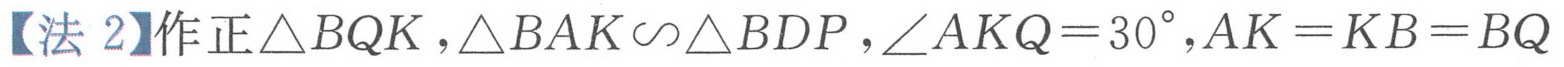
【法 2】作正\(\triangle BQK\)，\(\triangle BAK\backsim\triangle BDP\)，\(\angle AKQ = 30^{\circ}\)，\(AK = KB = BQ\)